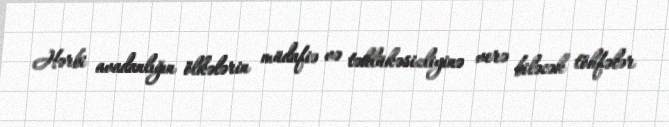
Hərbi avadanlığın ölkələrin müdafiə və təhlükəsizliyinə verə biləcək töhfələr